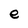
Character: e